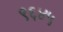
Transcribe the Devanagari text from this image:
९६४५